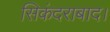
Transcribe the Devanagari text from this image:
सिकंदराबाद।